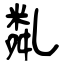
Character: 亃